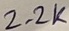
Text: 2.2K